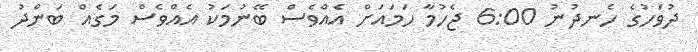
ދުވަހުގެ ހެނދުނު 6:00 ޖެހުމާ ހަމައަށް އެއްވެސް ބޭނުމަކު އެއްވެސް މަގެއް ބަންދު